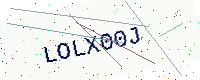
Text: LOLX00J